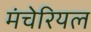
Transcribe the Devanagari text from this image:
मंचेरियल